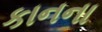
કાનના